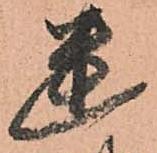
幽